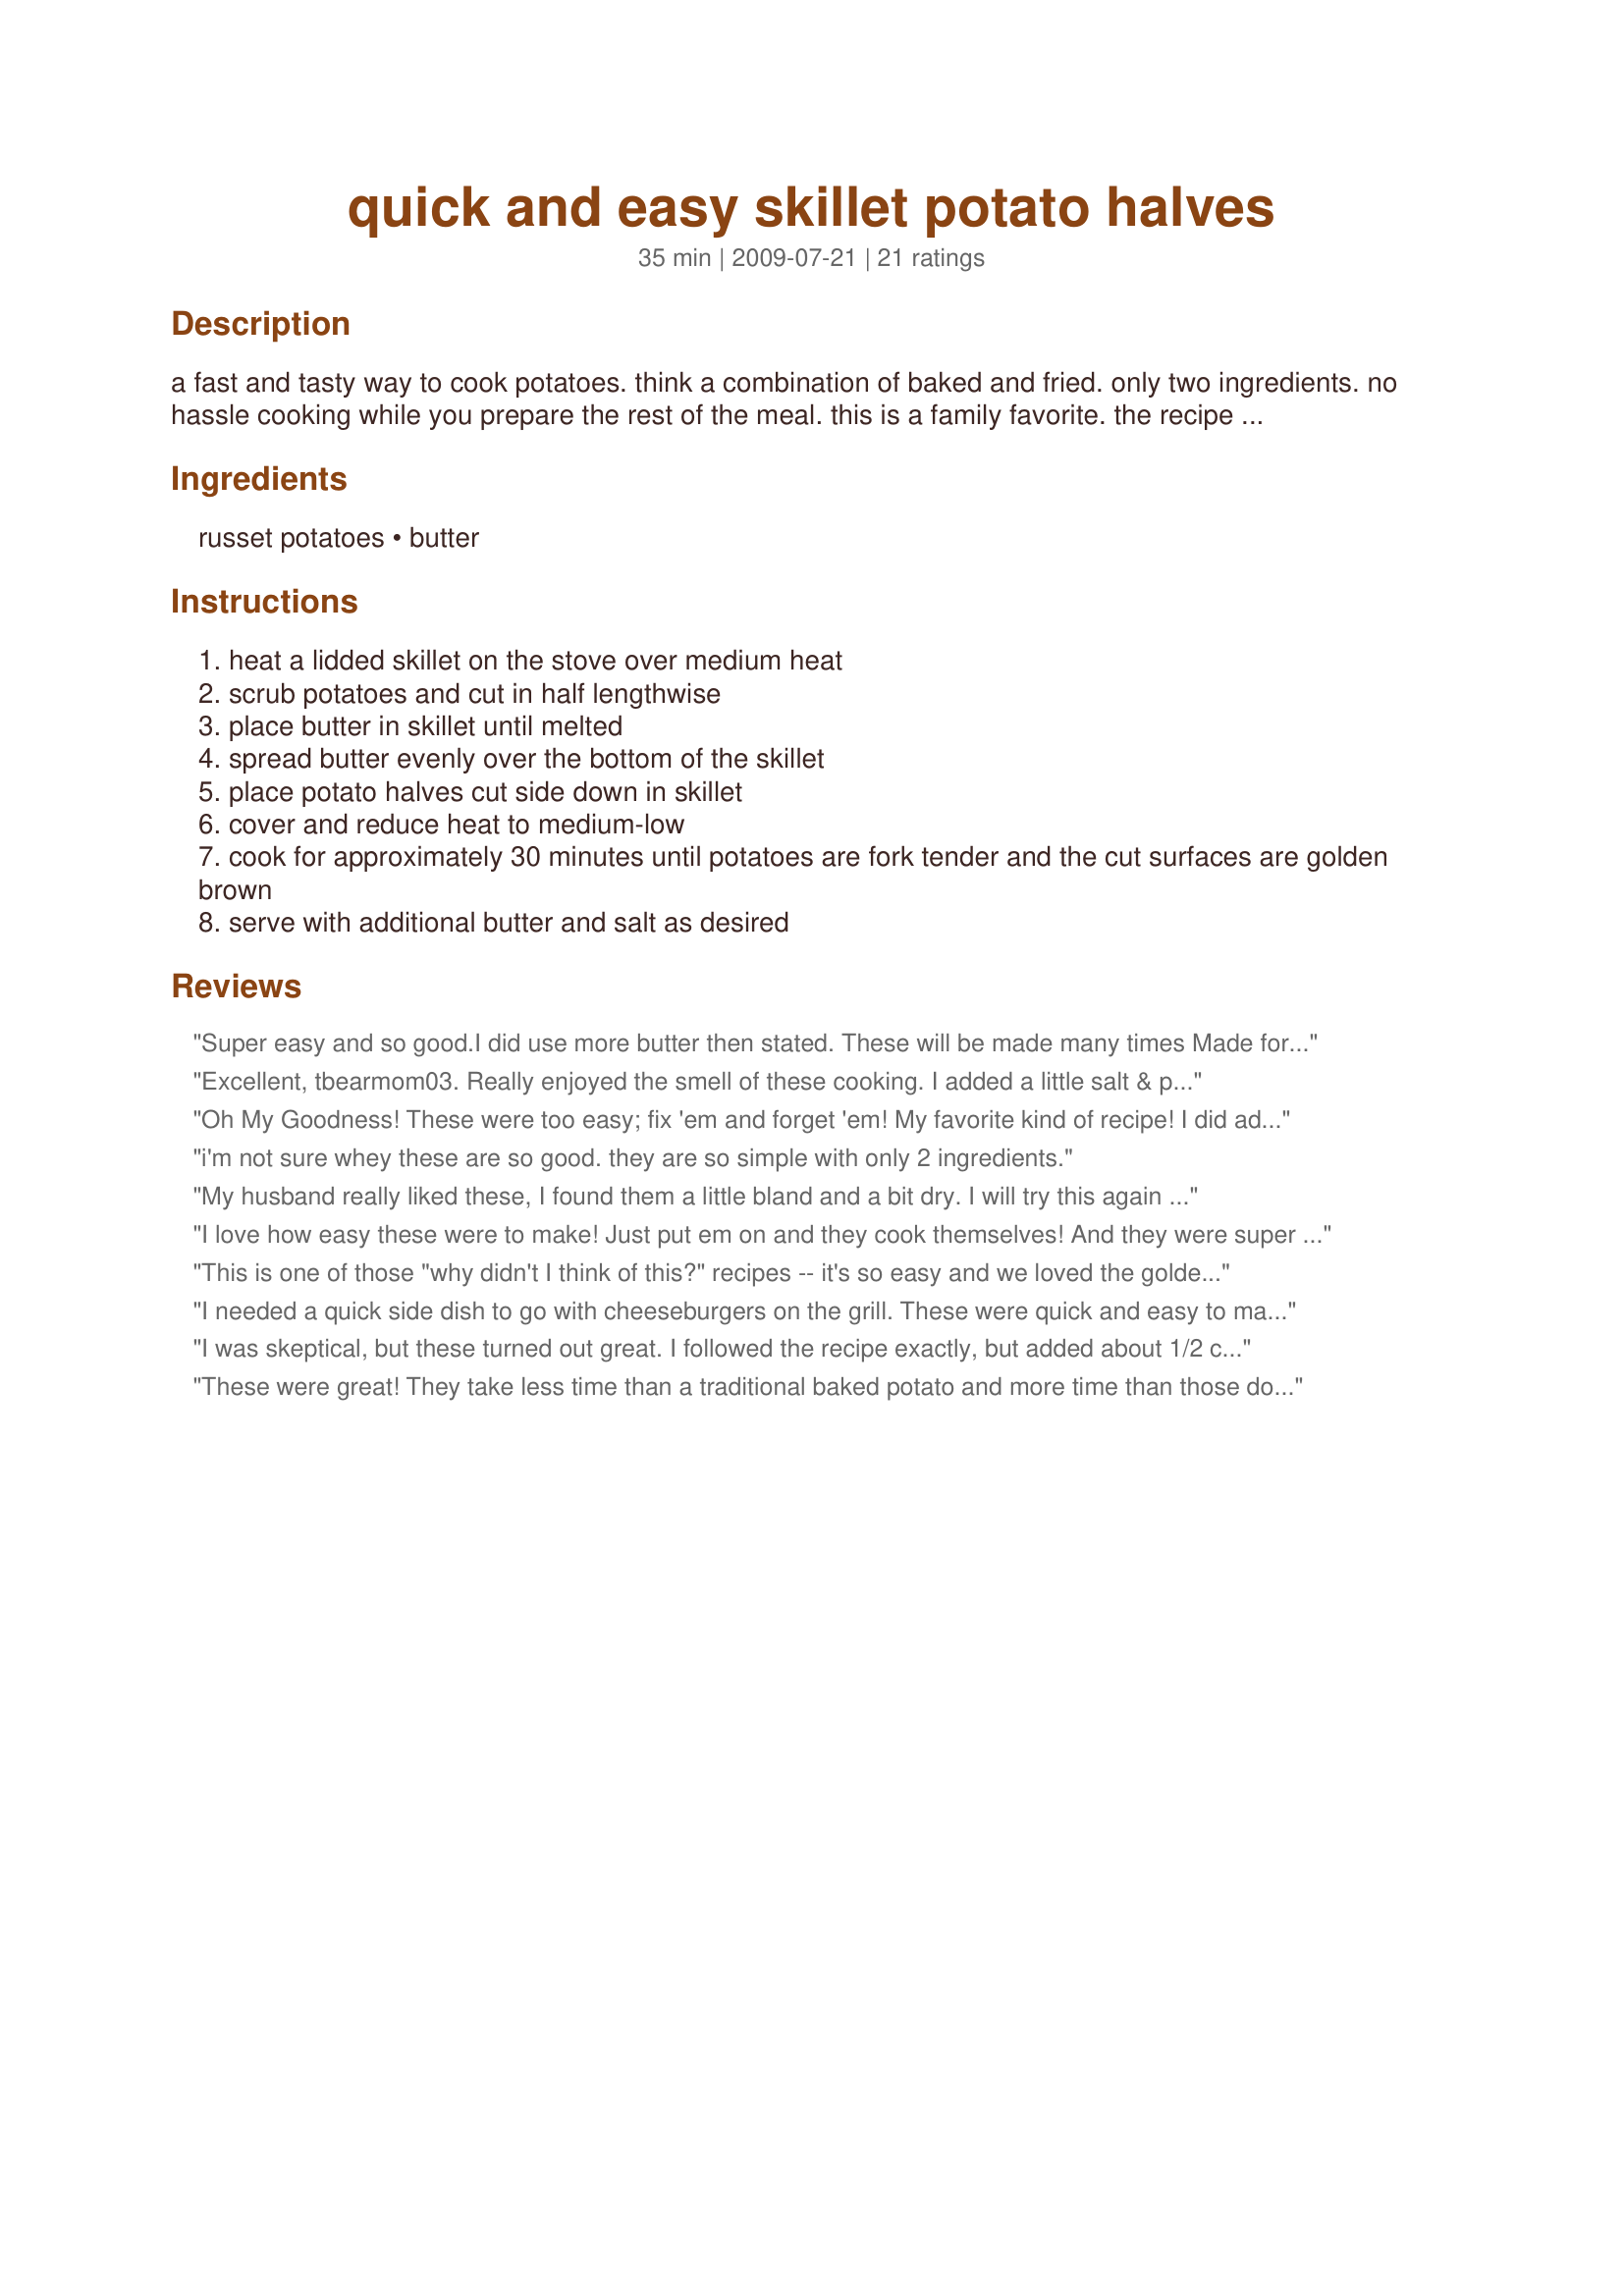
quick and easy skillet potato halves
Preparation time: 35 minutes

a fast and tasty way to cook potatoes. think a combination of baked and fried. only two ingredients. no hassle cooking while you prepare the rest of the meal. this is a family favorite. the recipe can be adjusted without effort for the number of people you plan to serve.

Ingredients:
russet potatoes, butter

Steps:
heat a lidded skillet on the stove over medium heat
scrub potatoes and cut in half lengthwise
place butter in skillet until melted
spread butter evenly over the bottom of the skillet
place potato halves cut side down in skillet
cover and reduce heat to medium-low
cook for approximately 30 minutes until potatoes are fork tender and the cut surfaces are golden brown
serve with additional butter and salt as desired

Reviews:
Super easy and so good.I did use more butter then stated.
These will be made many times

Made for PAC Fall 2009
Excellent, tbearmom03. Really enjoyed the smell of these cooking. I added a little salt & pepper to the cust sides before cooking. I will have these again soon. Made for PAC Fall 2009.
Oh My Goodness! These were too easy; fix 'em and forget 'em! My favorite kind of recipe! I did add some seasoning, as suggested by others; some garlic sea salt and fresh ground black pepper. I also used my oven as I was roasting something else; 400 for 40 minutes. They came out perfect! Thanks so much for sharing, tbearmom03.
i'm not sure whey these are so good. they are so simple with only 2 ingredients.
My husband really liked these, I found them a little bland and a bit dry. I will try this again cooking the potatoes a little longer. Thanks!
I love how easy these were to make! Just put em on and they cook themselves! And they were super good! They packed a lot of flavor without having to add salt. We ate ours with sour cream and Mr.s Dash table blend sprinkled on. Yummy!
This is one of those "why didn't I think of this?" recipes -- it's so easy and we loved the golden crusty top on the potatoes. I sprinkled with salt and pepper after they were done and topped with Smart Balance Light, light sour cream and fresh chives.
I needed a quick side dish to go with cheeseburgers on the grill. These were quick and easy to make. I cooked the potatoes in the microwave, then cut them up and cooked on the stove. I did add a bit more butter and also added salt and pepper. We enjoyed these.
I was skeptical, but these turned out great. I followed the recipe exactly, but added about 1/2 cup water halfway thru cooking. The potatoes turned out moist and tender with crispy edges.I served them with some shredded cheese and sour cream. Thanks for a tasty and very easy recipe!
These were great! They take less time than a traditional baked potato and more time than those done in the microwave but with better flavor and texture. We added some seasonings while they cooked but did everything else as written. Will go to these often. Thanks tbearmom03!
I had doubts that these would cook without burning, but I was proved wrong. They cooked beautifully and softened on the inside with a nice brown color on the cut side. They are a nice change of pace from the traditional baked potato. Thanks for posting! :)
Easy and delicious. Liked by all. Like a silly, I cut the potatoes in half widthwise, so after browning the potatoes, I popped them in the microwave to finish cooking them. I did add salt and pepper to the finished product. Next time, I will put a bit of minced garlic in the butter. Served with Recipe #30312 for a delicious and easy meal! Thanks for a definite repeat!
These potatoes were very tasty. I used medium sized new white potatoes and cut them in half. I used half olive oil and half butter. I cooked them for about 40 minutes.
I tried it and these are fantastic! So simple and genius. I've made them a variety of ways. I've cut the potatoes into french fry shapes, wedges and cubes. I use olive oil and sprinkle salt, pepper in the oil. Delish and easy. Thanks so much posting!!
A quick and delicious way to serve potatoes. But I think it would have benefitted by a little seasoning. Next time, I'll add a little garlic salt, and perhaps a light dusting of grated parmesan cheese. But we did enjoy this dish. Thanks, tbearmom03. Made for Fall '09 Pick-A-Chef.
Never made these....but...I line a cookie sheet with foil and melt butter on the foil then sprinkle with garlic salt....don't skimp and bake at 425* for about 45 min. Sooooooo good! I will also give this way a try.
Oh yeah, so good! I added seasoning salt and garlic powder. Even my picky toddler liked them! I had baby potatoes so did about 10 of them. They were done in about 35 minutes.
We really liked these. Mine took about 40 minutes to cook through. It was nice to be able to have these cook on the stove instead of heating up my kitchen with the oven.
Super easy and perfectly done. I have made these several times. I used sweet potatoes once and they were great as well.
tbearmom, a big thanks for this recipe! I just made it and like AzMama, they were done in 40 min. So simple, why couldn't I have thought of this years ago. I usually just bake whole potatoes in the oven wrapped in foil and always alongside a roast or casserole. Doing it your way on the stovetop saves so much energy. Now I can enjoy this often since it is so easy and very tasty. Kudos to you, tbearmom!!
I do something similar with baking potatoes in the oven: Split them lengthwise, score them, melt a combination of butter and a little oil, seasoned to taste, in a baking pan, lay the potatoes in face down, and bake until well browned. BUT, I never thought of doing that in a skillet. That would even be quicker! Will do that with leftover baked potatoes as a side for tonight's dinner! Thanks for the idea.
